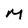
Character: M